Vaccination North-Western Provinces 1866-1877 - 1866-1877
Year: 1866
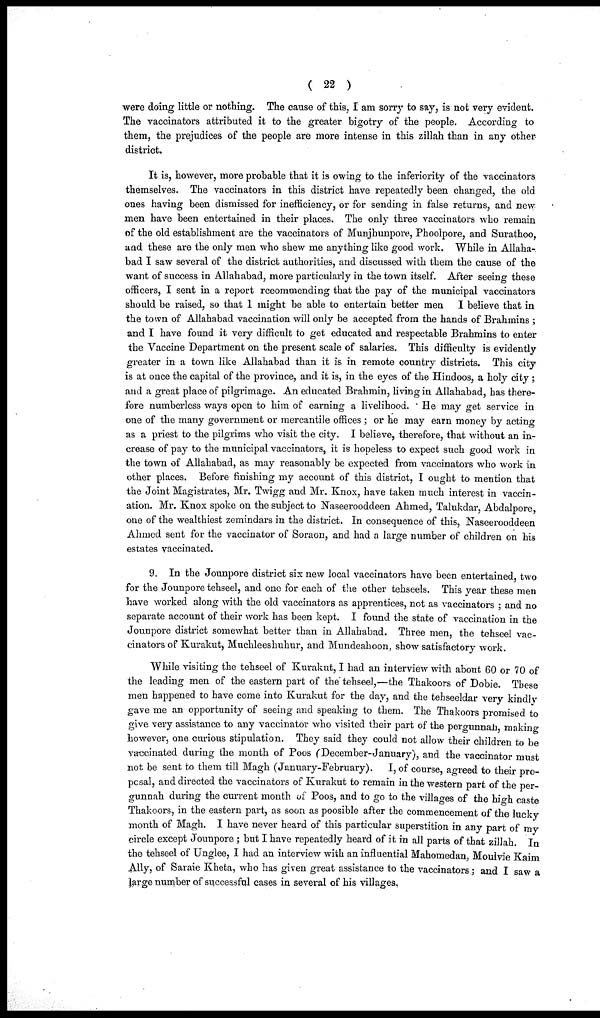
( 22 )
were doing little or nothing. The cause of this, I am sorry to say, is not very evident.
The vaccinators attributed it to the greater bigotry of the people. According to
them, the prejudices of the people are more intense in this zillah than in any other
district.
It is, however, more probable that it is owing to the inferiority of the vaccinators
themselves. The vaccinators in this district have repeatedly been changed, the old
ones having been dismissed for inefficiency, or for sending in false returns, and new
men have been entertained in their places. The only three vaccinators who remain
of the old establishment are the vaccinators of Munjhunpore, Phoolpore, and Surathoo,
and these are the only men who shew me anything like good work. While in Allaha-
bad I saw several of the district authorities, and discussed with them the cause of the
want of success in Allahabad, more particularly in the town itself. After seeing these
officers, I sent in a report recommending that the pay of the municipal vaccinators
should be raised, so that 1 might be able to entertain better men I believe that in
the town of Allahabad vaccination will only be accepted from the hands of Brahmins ;
and I have found it very difficult to get educated and respectable Brahmins to enter
the Vaccine Department on the present scale of salaries. This difficulty is evidently
greater in a town like Allahabad than it is in remote country districts. This city
is at once the capital of the province, and it is, in the eyes of the Hindoos, a holy city ;
and a great place of pilgrimage. An educated Brahmin, living in Allahabad, has there-
fore numberless ways open to him of earning a livelihood. He may get service in
one of the many government or mercantile offices ; or he may earn money by acting
as a priest to the pilgrims who visit the city. I believe, therefore, that without an in-
crease of pay to the municipal vaccinators, it is hopeless to expect such good work in
the town of Allahabad, as may reasonably be expected from vaccinators who work in
other places. Before finishing my account of this district, I ought to mention that
the Joint Magistrates, Mr. Twigg and Mr. Knox, have taken much interest in vaccin-
ation. Mr. Knox spoke on the subject to Naseerooddeen Ahmed, Talukdar, Abdalpore,
one of the wealthiest zemindars in the district. In consequence of this, Naseerooddeen
Ahmed sent for the vaccinator of Soraon, and had a large number of children on his
estates vaccinated.
9. In the Jounpore district six new local vaccinators have been entertained, two
for the Jounpore tehseel, and one for each of the other tehseels. This year these men
have worked along with the old vaccinators as apprentices, not as vaccinators; and no
separate account of their work has been kept. I found the state of vaccination in the
Jounpore district somewhat better than in Allahabad. Three men, the tehseel vac-
cinators of Kurakut, Muchleeshuhur, and Mundeahoon, show satisfactory work.
While visiting the tehseel of Kurakut, I had an interview with about 60 or 70 of
the leading men of the eastern part of the tehseel,—the Thakoors of Dobie. These
men happened to have come into Kurakut for the day, and the tehseeldar very kindly
gave me an opportunity of seeing and speaking to them. The Thakoors promised to
give very assistance to any vaccinator who visited their part of the pergunnah, making
however, one curious stipulation. They said they could not allow their children to be
vaccinated during the month of Poos (December-January), and the vaccinator must
not be sent to them till Magh (January-February).
I, of course, agreed to their pro-
posal, and directed the vaccinators of Kurakut to remain in the western part of the per-
gunnah during the current month of Poos, and to go to the villages of the high caste
Thakoors, in the eastern part, as soon as poosible after the commencement of the lucky
month of Magh. I have never heard of this particular superstition in any part of my
circle except Jounpore; but I have repeatedly heard of it in all parts of that zillah. In
the tehseel of Unglee, I had an interview with an influential Mahomedan, Moulvie Kaim
Ally, of Saraie Kheta, who has given great assistance to the vaccinators; and I saw a
large number of successful cases in several of his villages.